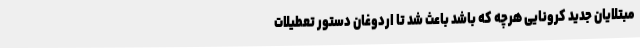
مبتلایان جدید کرونایی هرچه که باشد باعث شد تا اردوغان دستور تعطیلات